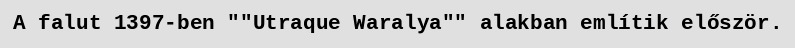
A falut 1397-ben ""Utraque Waralya"" alakban említik először.